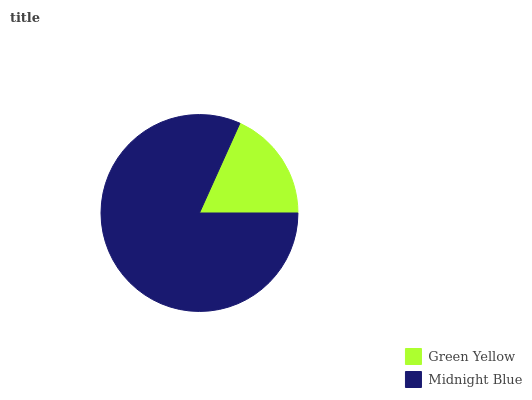
| Green Yellow | Midnight Blue |
 | --- | --- |
 | 18.3% | 81.7% |